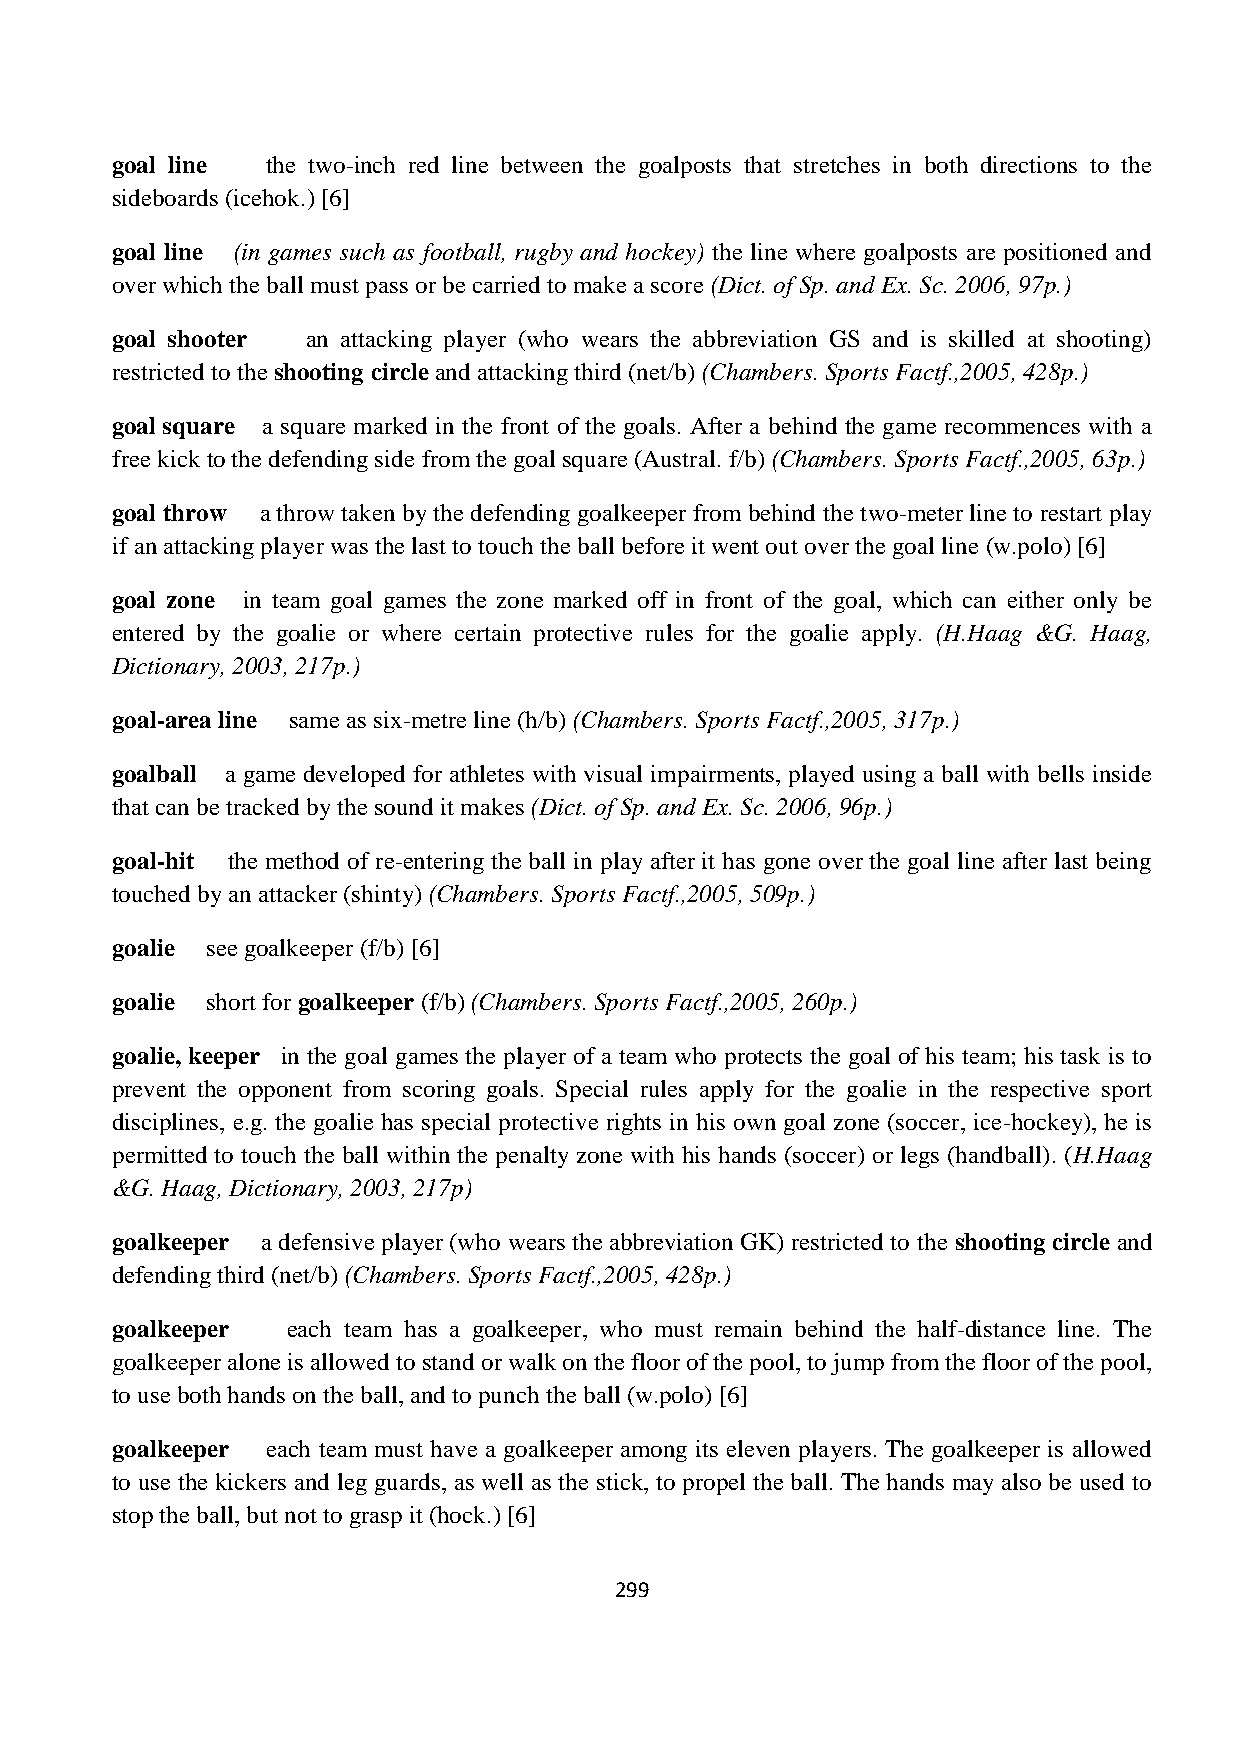
goal line  the two-inch red line between the goalposts that stretches in both directions to the
 sideboards (icehok.) [6]
 goal line (in games such as football, rugby and hockey) the line where goalposts are positioned and
 over which the ball must pass or be carried to make a score (Dict. of Sp. and Ex. Sc. 2006, 97p.)
 goal shooter an attacking player (who wears the abbreviation GS and is skilled at shooting)
 restricted to the shooting circle and attacking third (net/b) (Chambers. Sports Factf.,2005, 428p.)
 goal square a square marked in the front of the goals. After a behind the game recommences with a
 free kick to the defending side from the goal square (Austral. f/b) (Chambers. Sports Factf.,2005, 63p.)
 goal throw a throw taken by the defending goalkeeper from behind the two-meter line to restart play
 if an attacking player was the last to touch the ball before it went out over the goal line (w.polo) [6]
 goal zone in team goal games the zone marked off in front of the goal, which can either only be
 entered by the goalie or where certain protective rules for the goalie apply. (H.Haag &G. Haag,
 Dictionary, 2003, 217p.)
 goal-area line same as six-metre line (h/b) (Chambers. Sports Factf.,2005, 317p.)
 goalball a game developed for athletes with visual impairments, played using a ball with bells inside
 that can be tracked by the sound it makes (Dict. of Sp. and Ex. Sc. 2006, 96p.)
 goal-hit the method of re-entering the ball in play after it has gone over the goal line after last being
 touched by an attacker (shinty) (Chambers. Sports Factf.,2005, 509p.)
 goalie see goalkeeper (f/b) [6]
 goalie short for goalkeeper (f/b) (Chambers. Sports Factf.,2005, 260p.)
 goalie, keeper in the goal games the player of a team who protects the goal of his team; his task is to
 prevent the opponent from scoring goals. Special rules apply for the goalie in the respective sport
 disciplines, e.g. the goalie has special protective rights in his own goal zone (soccer, ice-hockey), he is
 permitted to touch the ball within the penalty zone with his hands (soccer) or legs (handball). (H.Haag
 &G. Haag, Dictionary, 2003, 217p)
 goalkeeper a defensive player (who wears the abbreviation GK) restricted to the shooting circle and
 defending third (net/b) (Chambers. Sports Factf.,2005, 428p.)
 goalkeeper  each team has a goalkeeper, who must remain behind the half-distance line. The
 goalkeeper alone is allowed to stand or walk on the floor of the pool, to jump from the floor of the pool,
 to use both hands on the ball, and to punch the ball (w.polo) [6]
 goalkeeper each team must have a goalkeeper among its eleven players. The goalkeeper is allowed
 to use the kickers and leg guards, as well as the stick, to propel the ball. The hands may also be used to
 stop the ball, but not to grasp it (hock.) [6]
 299